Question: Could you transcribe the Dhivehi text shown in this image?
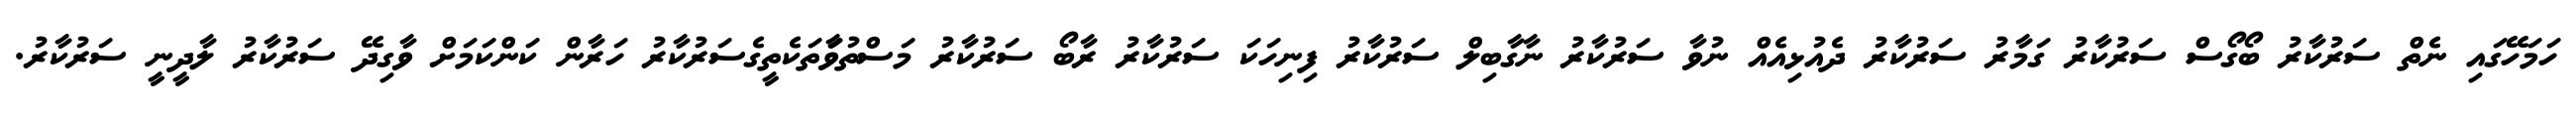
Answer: ހަމަހޭގައި ނެތް ސަރުކާރު ބޯގޯސް ސަރުކާރު ގަމާރު ސަރުކާރު ދެއުޅިއެއް ނުވާ ސަރުކާރު ނާގާބިލް ސަރުކާރު ފިނިހަކަ ސަރުކާރު ރާބޯ ސަރުކާރު މަސްތުވާަތަކެތީގެސަރުކާރު ހަރާން ކަންކަމަށް ވާގިދޭ ސަރުކާރު ލާދީނީ ސަރުކާރު.